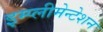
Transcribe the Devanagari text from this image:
इम्प्लीमेन्टेशन